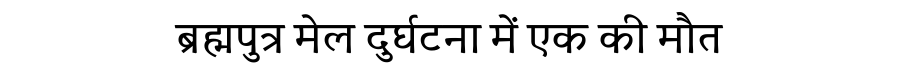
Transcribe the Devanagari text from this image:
ब्रह्मपुत्र मेल दुर्घटना में एक की मौत